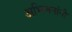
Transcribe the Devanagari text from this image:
अभिजनांनी